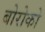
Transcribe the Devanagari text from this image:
बोरोको